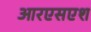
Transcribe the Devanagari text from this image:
आरएसएश